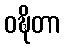
ဝဍ္ဎိတာ